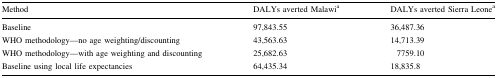
| Method | DALYs averted Malawia | DALYs averted Sierra Leonea |
 | --- | --- | --- |
 | Baseline | 97,843.55 | 36,487.36 |
 | WHO methodology—no age weighting/discounting | 43,563.63 | 14,713.39 |
 | WHO methodology—with age weighting and discounting | 25,682.63 | 7759.10 |
 | Baseline using local life expectancies | 64,435.34 | 18,835.8 |